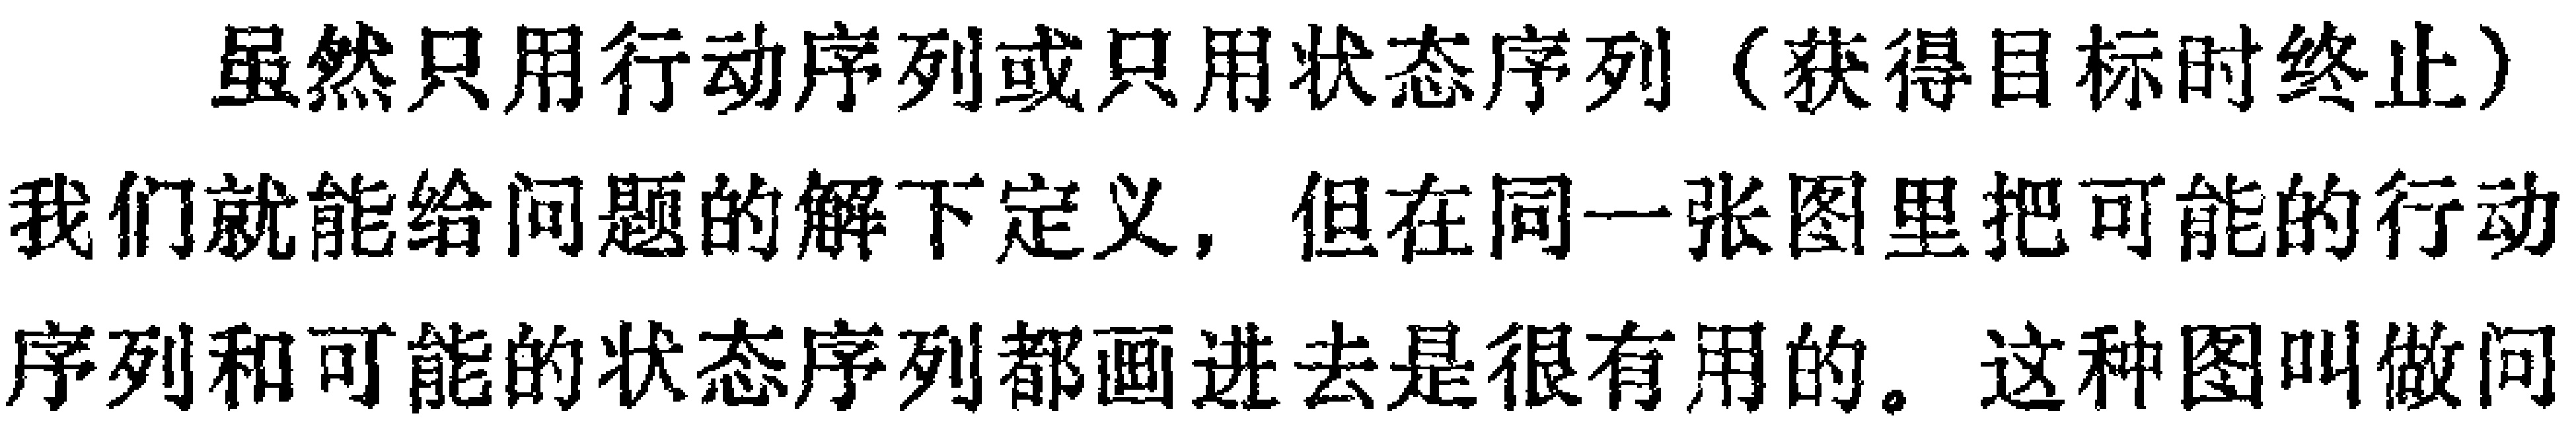
虽然只用行动序列或只用状态序列（获得目标时终止）我们就能给问题的解下定义，但在同一张图里把可能的行动序列和可能的状态序列都画进去是很有用的。这种图叫做问